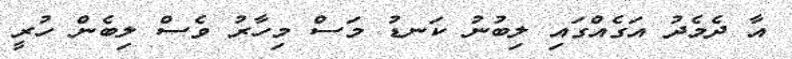
އާ ދެމެދު އަގެއްގައި ލިބުނު ކަނޑު މަސް މިހާރު ވެސް ލިބެން ހުރީ